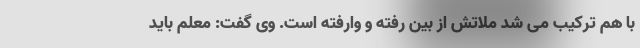
با هم ترکیب می شد ملاتش از بین رفته و وارفته است. وی گفت: معلم باید